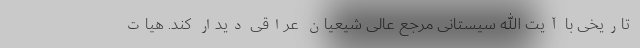
تاریخی با آیت الله سیستانی مرجع عالی شیعیان عراقی دیدار کند. هیات